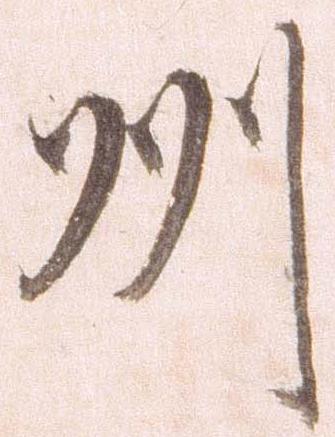
州